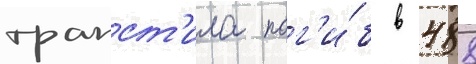
трапст'ила пог'и́б в 488